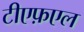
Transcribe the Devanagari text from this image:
टीएफ़एल